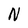
Character: N